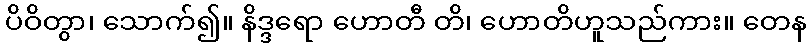
ပိဝိတွာ၊ သောက်၍။ နိဒ္ဒရော ဟောတီ တိ၊ ဟောတိဟူသည်ကား။ တေန